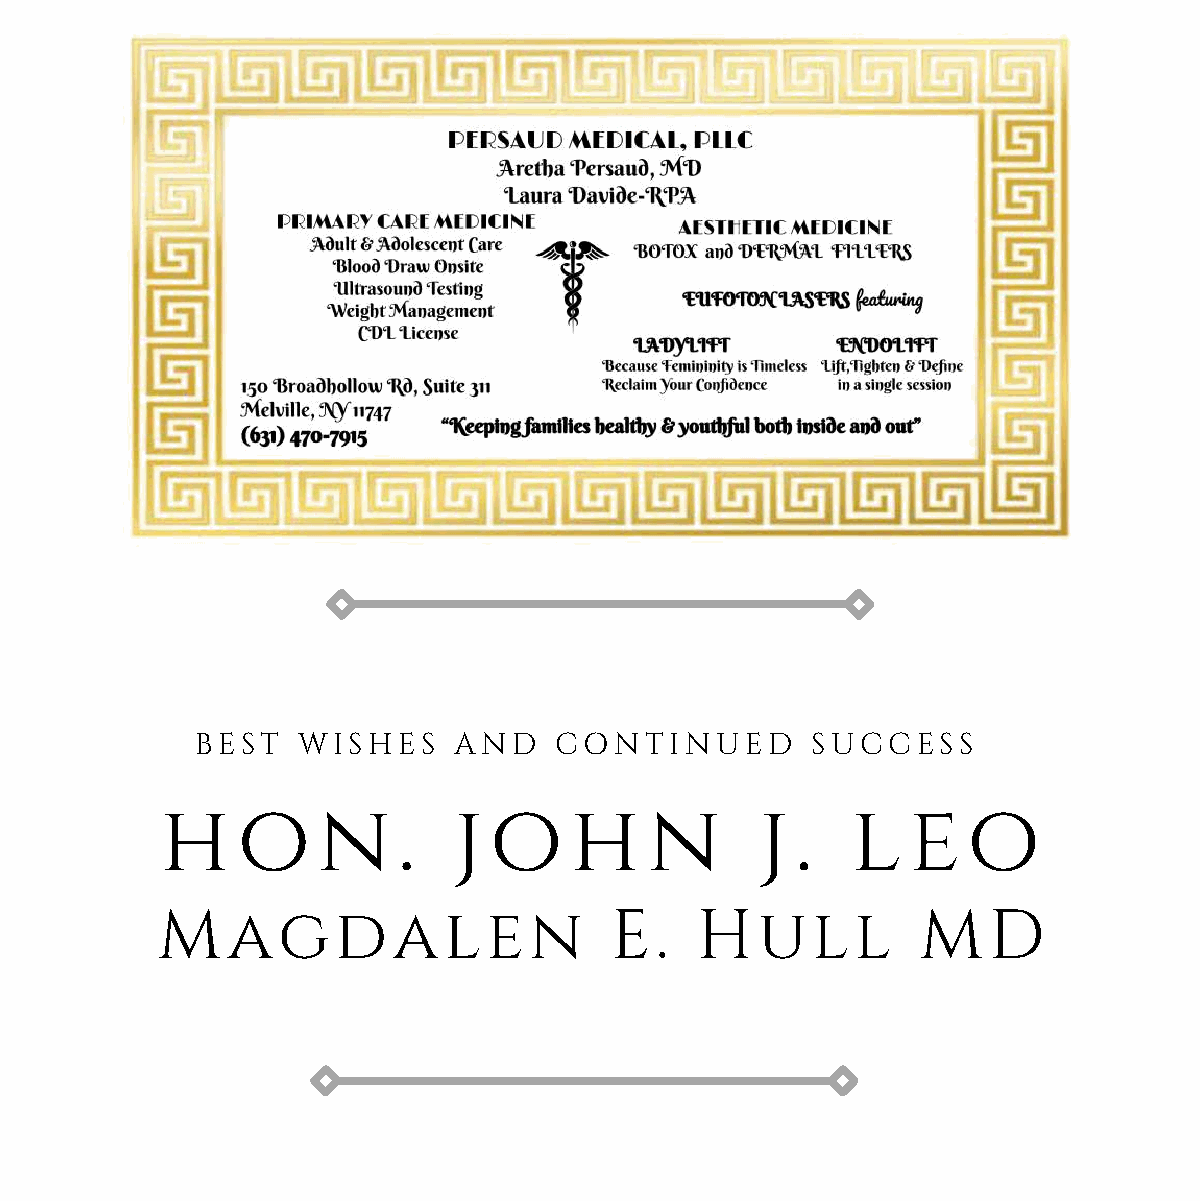
BEST   WISHES    AND    CONTINUED        SUCCESS
 h    o    n    .   j o     h    n      j  .  l   e   o
 Magdalen                      E.    Hull           MD